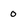
Character: 0